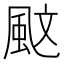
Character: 𩖰